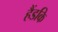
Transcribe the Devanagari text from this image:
हैंडकि